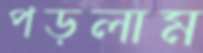
পড়লাম